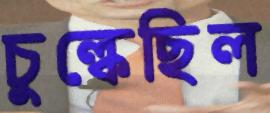
চুল্‌কেছিল